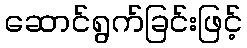
ဆောင်ရွက်ခြင်းဖြင့်